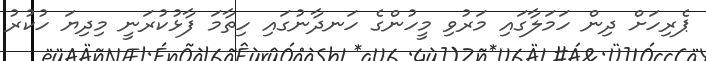
ޕެރިހަށް ދިން ހަމަލާގައި މަރުވި މީހުންގެ ހަނދާނުގައި ހިތާމަ ފާޅުކުރަނީ މިދިޔަ ހުކުރު